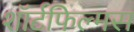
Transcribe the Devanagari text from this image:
शॉर्टफिल्मस